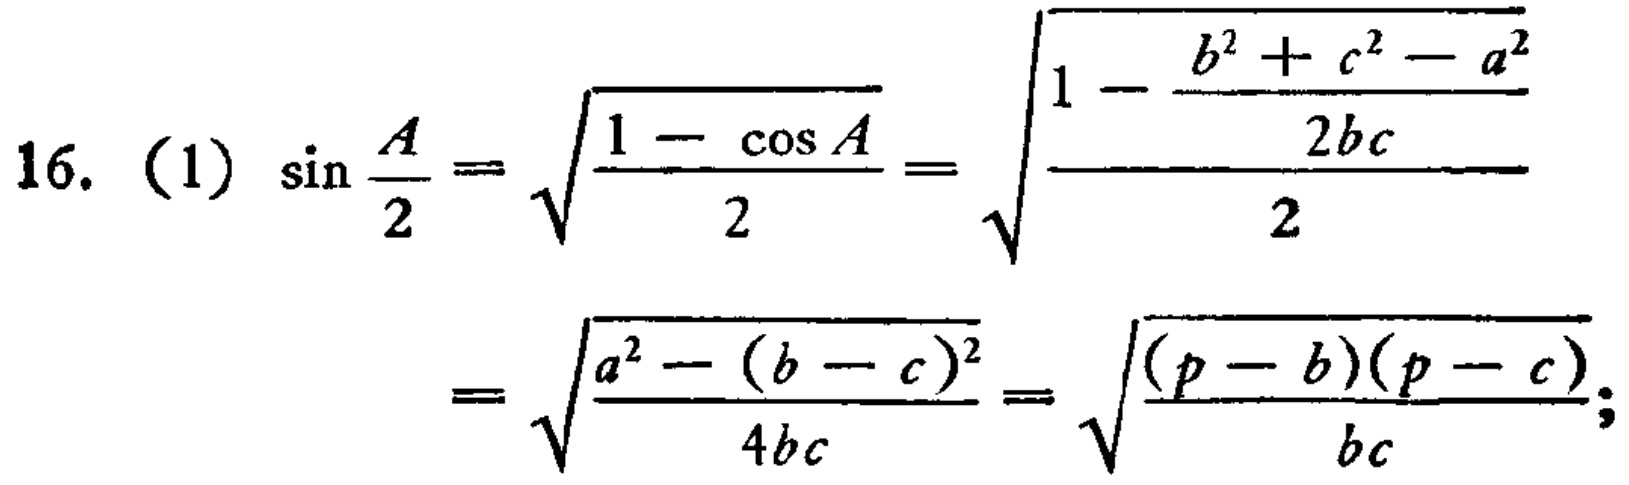
16. (1) \(\sin\frac{A}{2}=\sqrt{\frac{1 - \cos A}{2}}=\sqrt{\frac{1-\frac{b^{2}+c^{2}-a^{2}}{2bc}}{2}}\)
\(=\sqrt{\frac{a^{2}-(b - c)^{2}}{4bc}}=\sqrt{\frac{(p - b)(p - c)}{bc}};\)